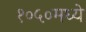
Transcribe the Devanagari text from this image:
१०५०मध्ये